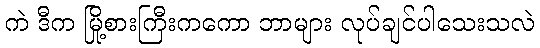
ကဲ ဒီက မြို့စားကြီးကကော ဘာများ လုပ်ချင်ပါသေးသလဲ